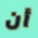
أن